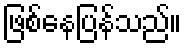
ဖြစ်နေပြန်သည်။